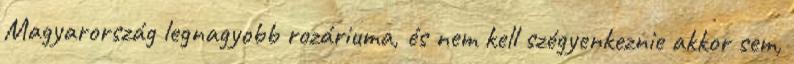
Magyarország legnagyobb rozáriuma, és nem kell szégyenkeznie akkor sem,